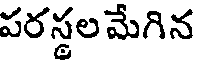
పరస్థల మేగిన